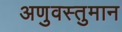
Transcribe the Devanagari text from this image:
अणुवस्तुमान